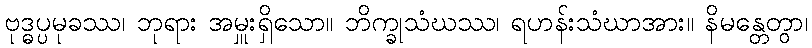
ဗုဒ္ဓပ္ပမုခဿ၊ ဘုရား အမှူးရှိသော။ ဘိက္ခုသံဃဿ၊ ရဟန်းသံဃာအား။ နိမန္တေတွာ၊